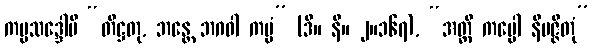
ကပ္ပသဒ္ဒေါပိ “တိဋ္ဌတု, ဘန္တေ ဘဂဝါ ကပ္ပံ” (ဒီ။ နိ။ ၂။၁၆၇), “အတ္ထိ ကပ္ပေါ နိပဇ္ဇိတုံ”